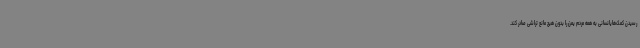
رسیدن کمک‌هایانسانی به همه مردم یمن را بدون هیچ مانع تراشی صادر کند.